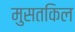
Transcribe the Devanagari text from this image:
मुसतकिल